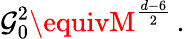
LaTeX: \mathcal{G}_{0}^{2}\equivM^{\frac{{d-6}}{{2}}}\, .